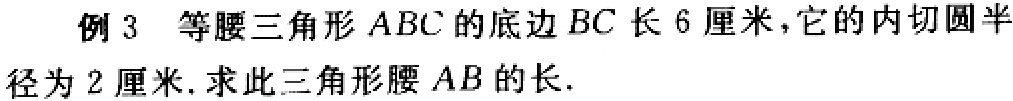
例 3 等腰三角形 \(ABC\) 的底边 \(BC\) 长 6 厘米，它的内切圆半径为 2 厘米. 求此三角形腰 \(AB\) 的长.